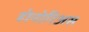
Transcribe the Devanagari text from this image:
होनोरिअस